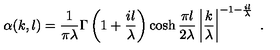
\alpha ( k , l ) = \frac { 1 } { \pi \lambda } \Gamma \left( 1 + \frac { i l } { \lambda } \right) \cosh \frac { \pi l } { 2 \lambda } \left\vert \frac { k } { \lambda } \right\vert ^ { - 1 - \frac { i l } { \lambda } } \ .